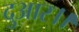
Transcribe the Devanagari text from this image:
दुआर।।